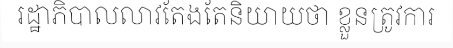
រដ្ឋាភិបាលលាវតែងតែនិយាយថា ខ្លួនត្រូវការ